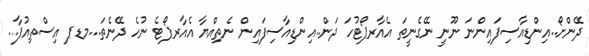
ދޭންށޯ..އިންޑިއާސިފައިންނަ ނޫނީ ނޭގެނީތަ އެއާރޕޯޓުހަ ދަން..އިންޑިއާސިފައިން ނެތިއްޔާ އެއާރޕޯޓެ ނުހެ ދޭނެތަ...މޑޕ އިސްތިއުފާ..